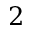
2